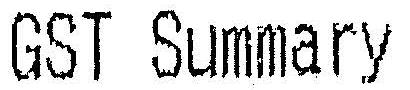
GST SUMMARY